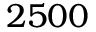
2 5 0 0